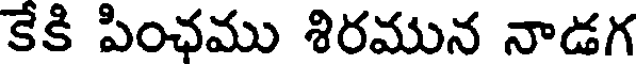
కేకి పింఛము శిరమున నాడగ